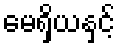
မေရှိယနှင့်